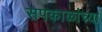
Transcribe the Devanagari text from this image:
सपकाळांच्या